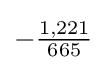
-{\tfrac {1,221}{665}}